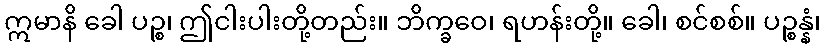
ဣမာနိ ခေါ ပဉ္စ၊ ဤငါးပါးတို့တည်း။ ဘိက္ခဝေ၊ ရဟန်းတို့။ ခေါ၊ စင်စစ်။ ပဉ္စန္နံ၊